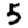
Digit: 5